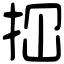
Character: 𢫏